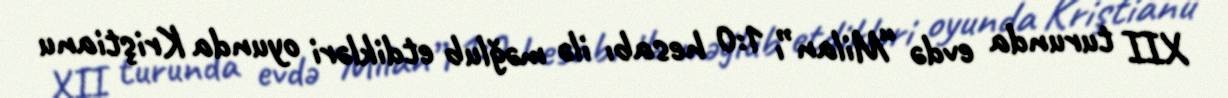
XII turunda evdə “Milan”ı 1:0 hesabı ilə məğlub etdikləri oyunda Kriştianu